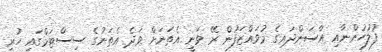
ފުލުހުންނާއި އާސަންދައިގެ މުވައްޒަފުން ރޭ ވަނީ އެތަނަށް ވަދެ އެތަނުގެ ސިސްޓަމްގައި ހުރި